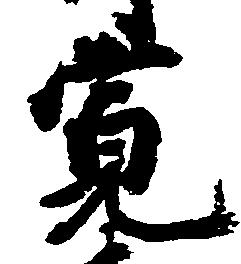
寛